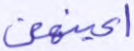
أعينهن